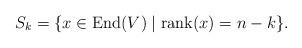
LaTeX: \begin{align*}S_k =\{x \in \mathrm{End}(V) \mid \mathrm{rank}(x) = n-k\}.\end{align*}